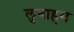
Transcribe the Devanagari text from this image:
लुबाहम